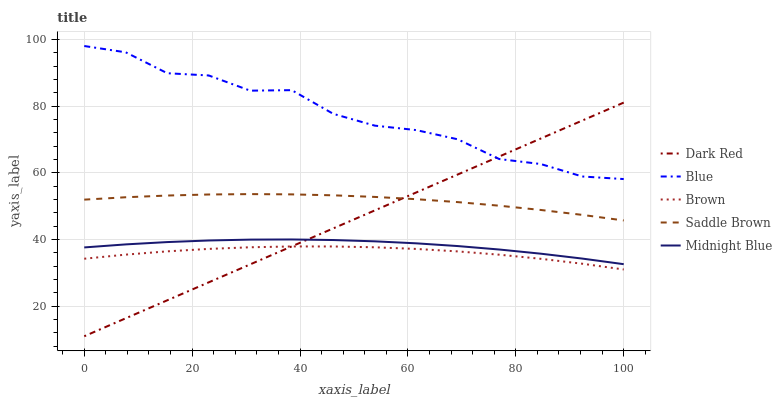
| xaxis_label | Dark Red | Blue | Brown | Saddle Brown | Midnight Blue |
 | --- | --- | --- | --- | --- | --- |
 | 0 | 11 | 98 | 34.2 | 52 | 37.6 |
 | 7.69 | 16.4 | 96.1 | 35.5 | 52.7 | 38.5 |
 | 15.4 | 21.8 | 89.8 | 36.4 | 53.2 | 39.2 |
 | 23.1 | 27.2 | 89.2 | 37.2 | 53.5 | 39.7 |
 | 30.8 | 32.6 | 84.6 | 37.7 | 53.6 | 40 |
 | 38.5 | 37.9 | 84.8 | 37.9 | 53.5 | 40 |
 | 46.2 | 43.3 | 77.7 | 37.9 | 53.2 | 39.8 |
 | 53.8 | 48.7 | 74.1 | 37.7 | 52.8 | 39.5 |
 | 61.5 | 54.1 | 72.8 | 37.2 | 52.1 | 38.9 |
 | 69.2 | 59.5 | 70 | 36.4 | 51.2 | 38 |
 | 76.9 | 64.9 | 64.1 | 35.4 | 50.1 | 37 |
 | 84.6 | 70.3 | 62.6 | 34.2 | 48.9 | 35.8 |
 | 92.3 | 75.7 | 58.9 | 32.7 | 47.4 | 34.3 |
 | 100 | 81 | 58.1 | 31 | 45.7 | 32.6 |